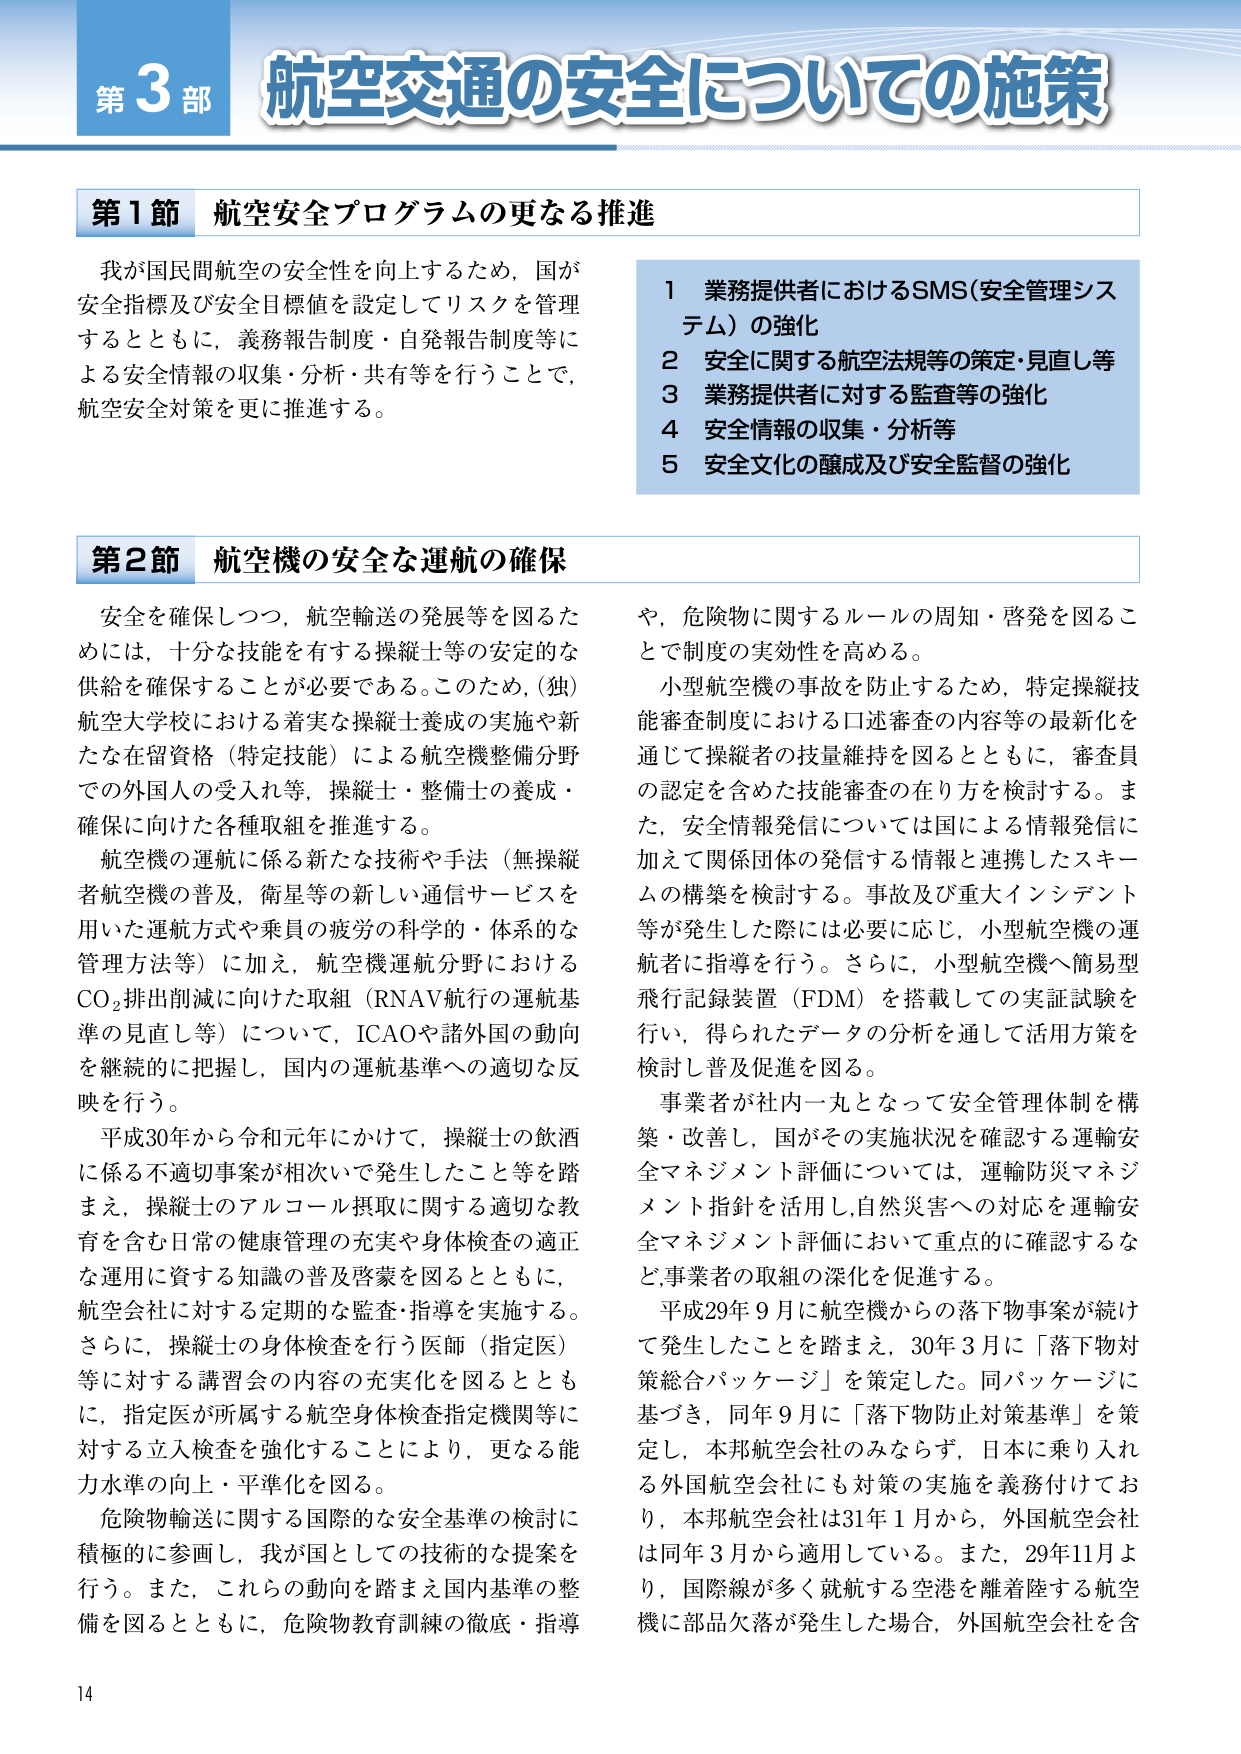
第3部 航空交通の安全についての施策

第1節 航空安全プログラムの更なる推進

我が国民間航空の安全性を向上するため，国が安全指標及び安全目標値を設定してリスクを管理するとともに，義務報告制度・自発報告制度等による安全情報の収集・分析・共有等を行うことで，航空安全対策を更に推進する。

1 業務提供者におけるSMS（安全管理システム）の強化
2 安全に関する航空法規等の策定・見直し等
3 業務提供者に対する監査等の強化
4 安全情報の収集・分析等
5 安全文化の醸成及び安全監督の強化

第2節 航空機の安全な運航の確保

安全を確保しつつ，航空輸送の発展等を図るためには，十分な技能を有する操縦士等の安定的な供給を確保することが必要である。このため，（独）航空大学校における着実な操縦士養成の実施や新たな在留資格（特定技能）による航空機整備分野での外国人の受入れ等，操縦士・整備士の養成・確保に向けた各種取組を推進する。

航空機の運航に係る新たな技術や手法（無操縦者航空機の普及，衛星等の新しい通信サービスを用いた運航方式や乗員の疲労の科学的・体系的な管理方法等）に加え，航空機運航分野におけるCO₂排出削減に向けた取組（RNAV航行の運航基準の見直し等）について，ICAOや諸外国の動向を継続的に把握し，国内の運航基準への適切な反映を行う。

平成30年から令和元年にかけて，操縦士の飲酒に係る不適切事案が相次いで発生したこと等を踏まえ，操縦士のアルコール摂取に関する適切な教育を含む日常の健康管理の充実や身体検査の適正な運用に資する知識の普及啓蒙を図るとともに，航空会社に対する定期的な監査・指導を実施する。さらに，操縦士の身体検査を行う医師（指定医）等に対する講習会の内容の充実化を図るとともに，指定医が所属する航空身体検査指定機関等に対する立入検査を強化することにより，更なる能力水準の向上・平準化を図る。

危険物輸送に関する国際的な安全基準の検討に積極的に参画し，我が国としての技術的な提案を行う。また，これらの動向を踏まえ国内基準の整備を図るとともに，危険物教育訓練の徹底・指導や，危険物に関するルールの周知・啓発を図ることで制度の実効性を高める。

小型航空機の事故を防止するため，特定操縦技能審査制度における口述審査の内容等の最新化を通じて操縦者の技能維持を図るとともに，審査員の認定を含めた技能審査の在り方を検討する。また，安全情報発信については国による情報発信に加えて関係団体の発信する情報と連携したスキームの構築を検討する。事故及び重大インシデント等が発生した際には必要に応じ，小型航空機の運航者に指導を行う。さらに，小型航空機へ簡易型飛行記録装置（FDM）を搭載しての実証試験を行い，得られたデータの分析を通じて活用方策を検討し普及促進を図る。

事業者が社内一丸となって安全管理体制を構築・改善し，国がその実施状況を確認する運輸安全マネジメント評価については，運輸防災マネジメント指針を活用し，自然災害への対応を運輸安全マネジメント評価において重点的に確認するなど，事業者の取組の深化を促進する。

平成29年9月に航空機からの落下物事案が続けて発生したことを踏まえ，30年3月に「落下物対策総合パッケージ」を策定した。同パッケージに基づき，同年9月に「落下物防止対策基準」を策定し，本邦航空会社のみならず，日本に乗り入れる外国航空会社にも対策の実施を義務付けており，本邦航空会社は31年1月から，外国航空会社は同年3月から適用している。また，29年11月より，国際線が多く就航する空港を離着陸する航空機に部品欠落が発生した場合，外国航空会社を含

14